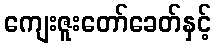
ကျေးဇူးတော်ခေတ်နှင့်